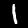
Digit: 1